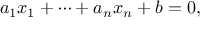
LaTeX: a _ { 1 } x _ { 1 } + \cdots + a _ { n } x _ { n } + b = 0 ,